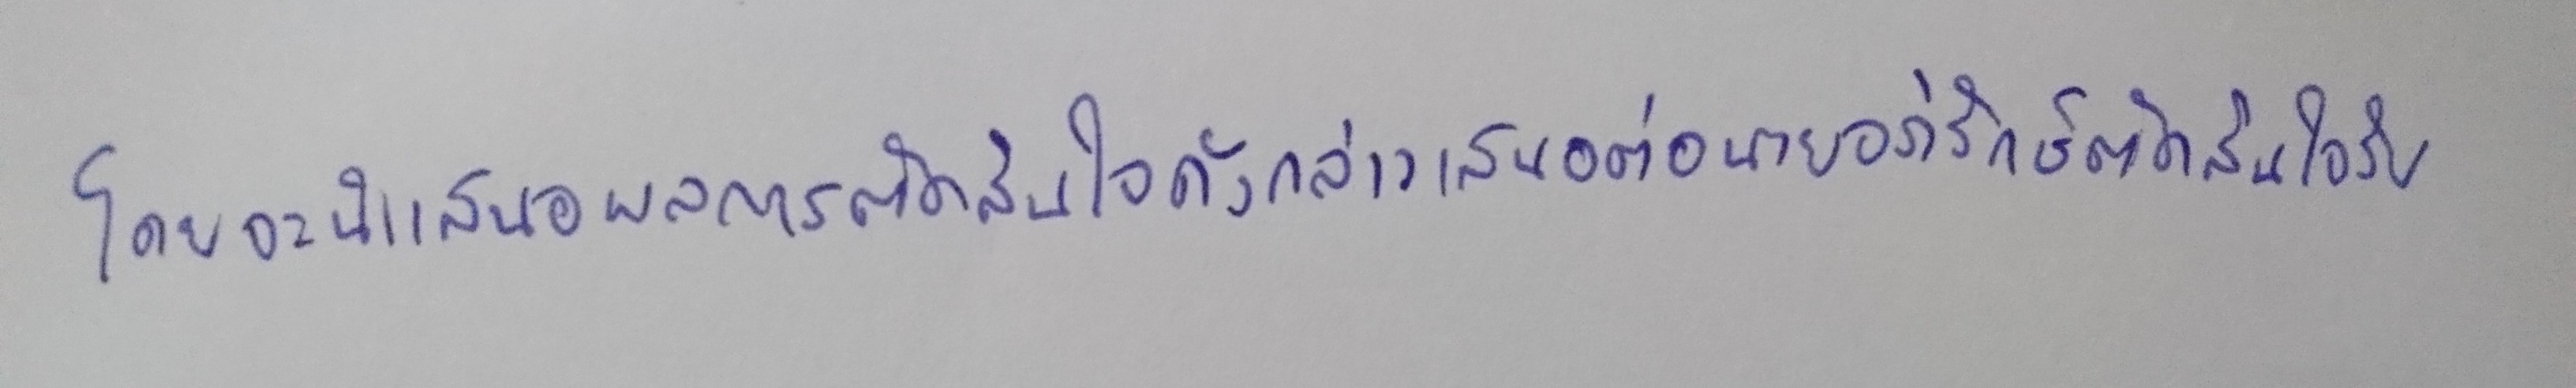
โดยจะนำเสนอผลการตัดสินใจดังกล่าวเสนอต่อนายอภิรักษ์ตัดสินใจรับ